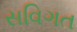
સવિગત